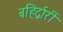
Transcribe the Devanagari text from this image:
बहिर्द्वारीं